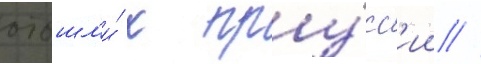
отошл'и́ к пру́сс'ии //